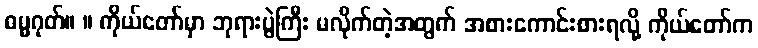
ဓမ္မဂုတ်။ ။ ကိုယ်တော်မှာ ဘုရားပွဲကြီး မလိုက်တဲ့အတွက် အစားကောင်းစားရလို့ ကိုယ်တော်က